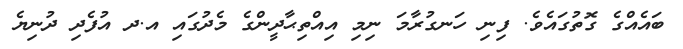
ބައެއްގެ ގޮތުގައެވެ. ފިނި ހަނގުރާމަ ނިމި އިއްތިޙާދީންގެ މެދުގައި އ.ދ އުފެދި ދުނިޔެ